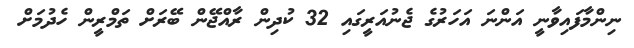
ނިންމާފައިވާނީ އަންނަ އަހަރުގެ ޖެނުއަރީގައި 32 ކުދިން ރާއްޖޭން ބޭރަށް ތަމްރީން ހެދުމަށް